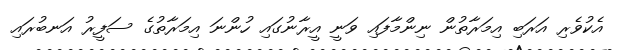
އެކުވެރި އަރަބި އިމަރާތުން ނިންމާފައި ވަނީ އީރާނުގައި ހުންނަ އިމަރާތުގެ ސަފީރު އަނބުރައި